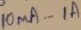
Text: 10µA..1A